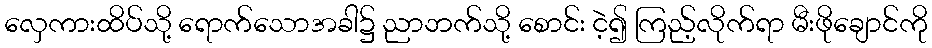
လှေကားထိပ်သို့ ရောက်သောအခါ၌ ညာဘက်သို့ စောင်း ငဲ့၍ ကြည့်လိုက်ရာ မီးဖိုချောင်ကို